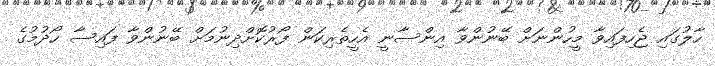
ހާލުގައި ޖެހިފައިވާ މީހުންނަށް ބޭނުންވާ އިންސާނީ އެހީތެރިކަން ފޯރުކޮށްދިނުމަށް ބޭނުންވާ ފައިސާ ހޯދުމުގެ